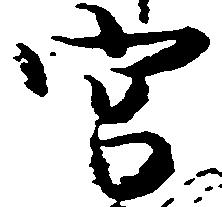
宮